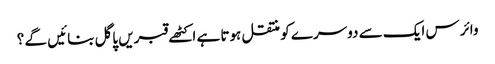
وائرس ایک سے دوسرے کو منتقل ہوتا ہے اکٹھے قبریں پاگل بنائیں گے ؟